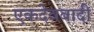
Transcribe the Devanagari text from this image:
एकदेववादी